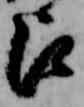
占